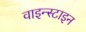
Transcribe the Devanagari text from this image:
वाइन्स्टाइन